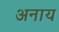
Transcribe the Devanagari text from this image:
अनाय